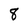
Character: 8